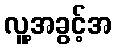
လူ့အခွင့်အ